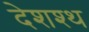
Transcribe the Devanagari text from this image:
देशश्थ